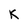
Character: K